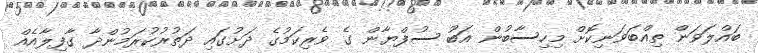
ބައްލަވަން ތިއްބަވަނިކޮށް މިހިސާބުން އަބޫ ސުފްޔާން ގެ ވެރިކަމުގެ ދަށުގައި ދަތުރުކުރަމުންދާ ގާފިލާއެއް